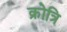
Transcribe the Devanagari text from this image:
क्रोत्रि